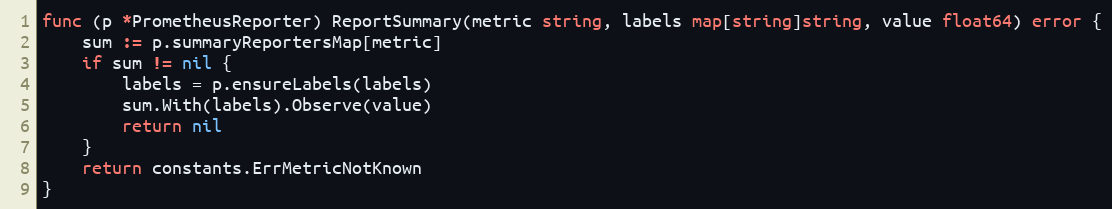
Language: Go
func (p *PrometheusReporter) ReportSummary(metric string, labels map[string]string, value float64) error {
	sum := p.summaryReportersMap[metric]
	if sum != nil {
		labels = p.ensureLabels(labels)
		sum.With(labels).Observe(value)
		return nil
	}
	return constants.ErrMetricNotKnown
}